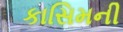
કાસિમની